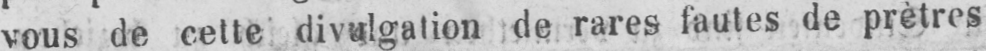
vous de cette divulgation de rares fautes de prètres